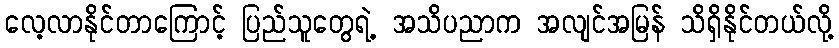
လေ့လာနိုင်တာကြောင့် ပြည်သူတွေရဲ့ အသိပညာက အလျင်အမြန် သိရှိနိုင်တယ်လို့